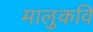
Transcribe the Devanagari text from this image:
मालुकवि